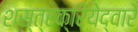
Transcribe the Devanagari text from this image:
शस्त्रक्रियेद्वारे